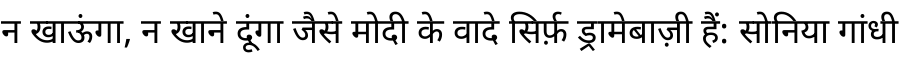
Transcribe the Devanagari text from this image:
न खाऊंगा, न खाने दूंगा जैसे मोदी के वादे सिर्फ़ ड्रामेबाज़ी हैं: सोनिया गांधी